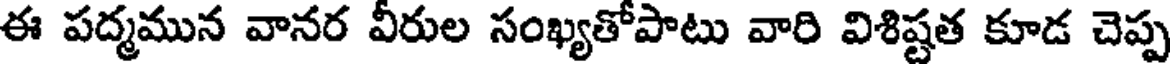
ఈ పద్మమున వానర వీరుల సంఖ్యతోపాటు వారి విశిష్టత కూడ చెప్ప